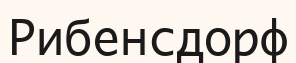
Рибенсдорф